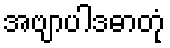
အဗျာပါဒဓာတုံ